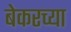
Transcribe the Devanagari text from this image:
बेकरच्या